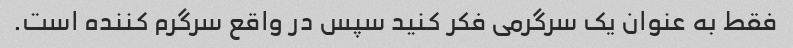
فقط به عنوان یک سرگرمی فکر کنید سپس در واقع سرگرم کننده است.